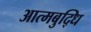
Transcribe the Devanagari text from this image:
आत्मबुद्धि